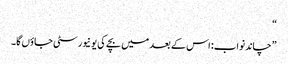
“
”چاند نواب: اس کے بعد میں بچے کی یونیورسٹی جاؤں گا۔